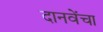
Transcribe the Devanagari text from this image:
दानवेंचा